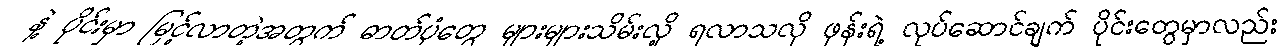
နဲ့ ပိုင်းမှာ မြင့်လာတဲ့အတွက် ဓာတ်ပုံတွေ များများသိမ်းလို့ ရလာသလို ဖုန်းရဲ့ လုပ်ဆောင်ချက် ပိုင်းတွေမှာလည်း